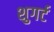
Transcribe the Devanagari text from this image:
शुगर्ट